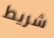
شريط